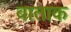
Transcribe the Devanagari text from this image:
बाताक